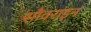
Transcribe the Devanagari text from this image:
सौवराइन